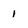
Character: 1